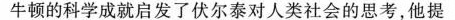
牛顿的科学成就启发了伏尔泰对人类社会的思考，他提